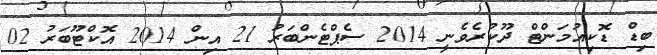
ބިޑް ޑޮކިއުމަންޓް ދޫކުރެވެނީ 2014 ސެޕްޓެންބަރު 21 އިން 2014 އޮކްޓޫބަރު 02